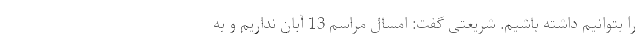
را بتوانیم داشته باشیم. شریعتی گفت: امسال مراسم 13 آبان نداریم و به